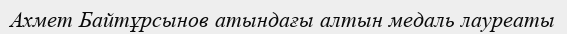
Ахмет Байтұрсынов атындағы алтын медаль лауреаты